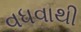
વધવાથી